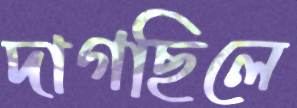
দাগছিলে